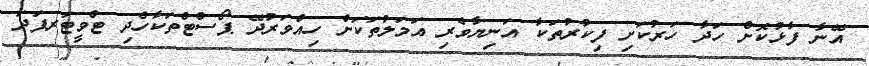
އޭނާ ފާޅުކޮށް ހަދާ ހަރުކަށި ފިކުރުތަކާ އަނިޔާވެރި އަމަލުތަކަށް ހިއްވަރުދޭ ޕޯސްޓްތަކާހެދި ޓްވީޓަރފަދަ